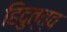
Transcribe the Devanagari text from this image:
हिदुत्त्व